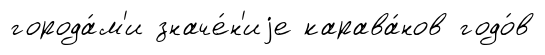
города́м'и значе́н'иjе карава́нов годо́в